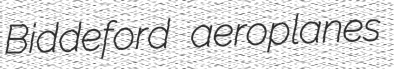
Biddeford aeroplanes